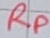
Text: RP